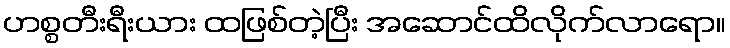
ဟစ္စတီးရီးယား ထဖြစ်တဲ့ပြီး အဆောင်ထိလိုက်လာရော။